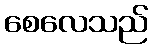
စေလေသည်